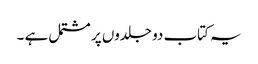
یہ کتاب دو جلدوں پر مشتمل ہے ۔